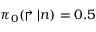
\pi _ { 0 } ( \Rsh | n ) = 0 . 5